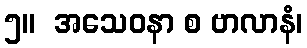
၅။  အသေဝနာ စ ဗာလာနံ၊